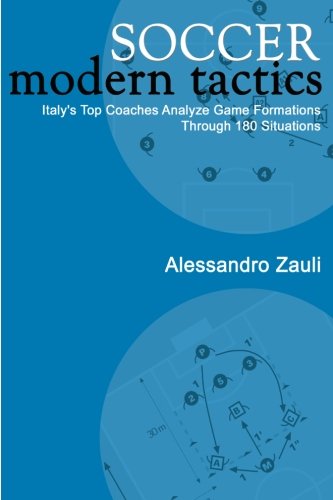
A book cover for Soccer Modern Tactics: Italy's Top Coaches Analyze Game Formations Through 180 Situations; Alessandro Zauli; Sports & Outdoors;